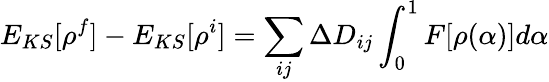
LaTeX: E_{KS}[\rho^{f}]-E_{KS}[\rho^{i}]=\sum_{ij}\Delta D_{ij}\int_{0}^{1}F[\rho(\alpha)]d\alpha